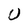
Character: U